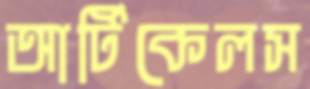
আর্টিকেলস